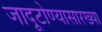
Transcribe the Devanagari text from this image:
जादूटोण्यासारख्या